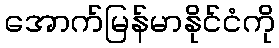
အောက်မြန်မာနိုင်ငံကို